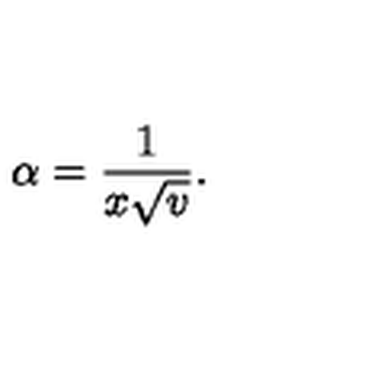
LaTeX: \alpha = { \frac { 1 } { x \sqrt { v } } } .